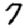
Digit: 7